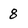
Character: 8